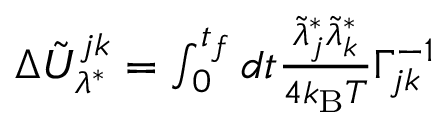
\begin{array} { r } { \Delta \tilde { U } _ { \lambda ^ { * } } ^ { j k } = \int _ { 0 } ^ { t _ { f } } d t \frac { \tilde { \lambda } _ { j } ^ { * } \tilde { \lambda } _ { k } ^ { * } } { 4 k _ { \mathrm { B } } T } \Gamma _ { j k } ^ { - 1 } } \end{array}